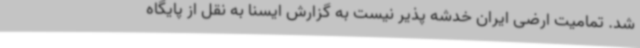
شد. تمامیت ارضی ایران خدشه پذیر نیست به گزارش ایسنا به نقل از پایگاه